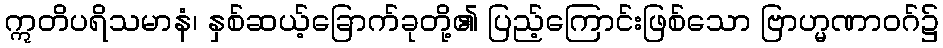
ဣတိပရိသမာနံ၊ နှစ်ဆယ့်ခြောက်ခုတို့၏ ပြည့်ကြောင်းဖြစ်သော ဗြာဟ္မဏာဝဂ်၌